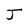
Character: J